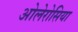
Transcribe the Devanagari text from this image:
ओलेरोसिया